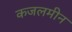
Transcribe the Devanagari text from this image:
कजलमीन